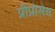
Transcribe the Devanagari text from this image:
प्रीप्रोसेस